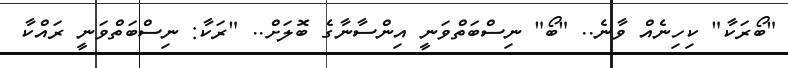
"ބޯރަކާ" ކިހިނެއް ވާނެ.. "ބޯ" ނިސްބަތްވަނީ އިންސާނާގެ ބޮލަށް.. "ރަކާ: ނިސްބަތްވަނީ ރައްކާ